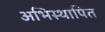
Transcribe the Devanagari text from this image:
अभिस्थापित